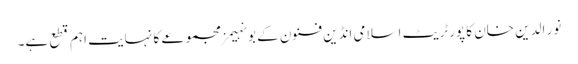
نور الدین خان کا پورٹریٹ اسلامی انڈین فنون کے بونہیمز مجموعے کا نہایت اہم قطع ہے۔